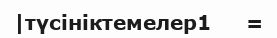
|түсініктемелер1     =